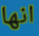
انها